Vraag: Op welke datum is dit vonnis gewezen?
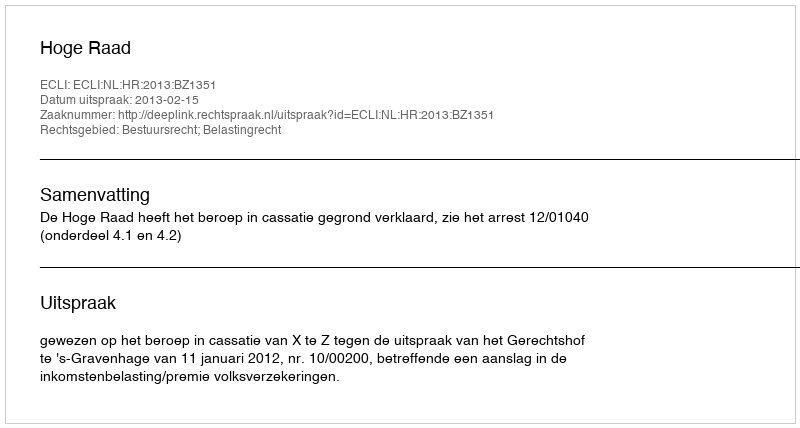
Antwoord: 2013-02-15